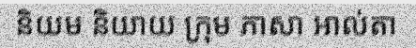
និយម និយាយ ក្រុម ភាសា អាល់តា